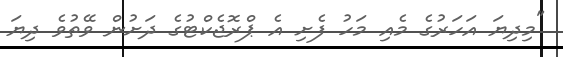
"މިދިޔަ އަހަރުގެ މެއި މަހު ފެށި އެ ޕްރޮޖެކްޓުގެ ދަށުން ވޭތުވެ ދިޔަ